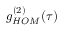
g _ { H O M } ^ { ( 2 ) } ( \tau )